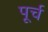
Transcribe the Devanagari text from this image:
पूर्च